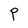
Character: P